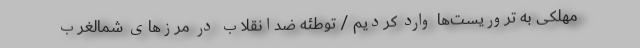
مهلکی به تروریست‌ها ‌وارد کردیم / توطئه‌ ضدانقلاب در مرزهای شمالغرب